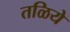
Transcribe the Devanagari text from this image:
तळिये